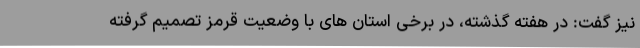
نیز گفت: در هفته گذشته، در برخی استان های با وضعیت قرمز تصمیم گرفته